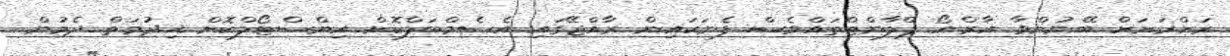
ރަށްރަށަށް ބޭނުންވާ އާރް.އޯ ޕްލާންޓްތައްވެސް ފެނަކައިން ރާއްޖޭގައި އެސެމްބަލްކޮށް އިންސްޓޯލްކޮށް ޚިދުމަތް ދެމުން